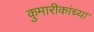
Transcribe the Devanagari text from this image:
कुमारीकांच्या